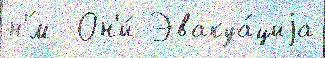
н'́м  Он'и́ Эвакуа́циjа